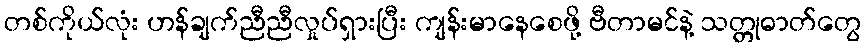
တစ်ကိုယ်လုံး ဟန်ချက်ညီညီလှုပ်ရှားပြီး ကျန်းမာနေစေဖို့ ဗီတာမင်နဲ့ သတ္တုဓာတ်တွေ